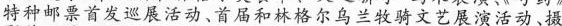
特种邮票首发巡展活动、首届和林格尔乌兰牧骑文艺展演活动、摄